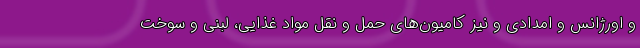
و اورژانس و امدادی و نیز کامیون‌های حمل و نقل مواد غذایی، لبنی و سوخت